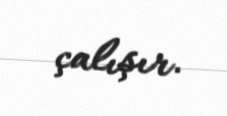
çalışır.